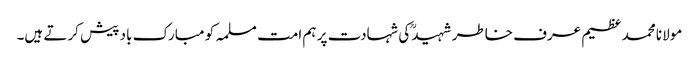
مولانا محمد عظیم عرف خاطر شہیدؒ کی شہادت پر ہم امت مسلمہ کو مبارک باد پیش کرتے ہیں۔